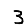
Digit: 3